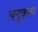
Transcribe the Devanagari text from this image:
अनुकृत्य